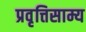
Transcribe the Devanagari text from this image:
प्रवृत्तिसाम्य